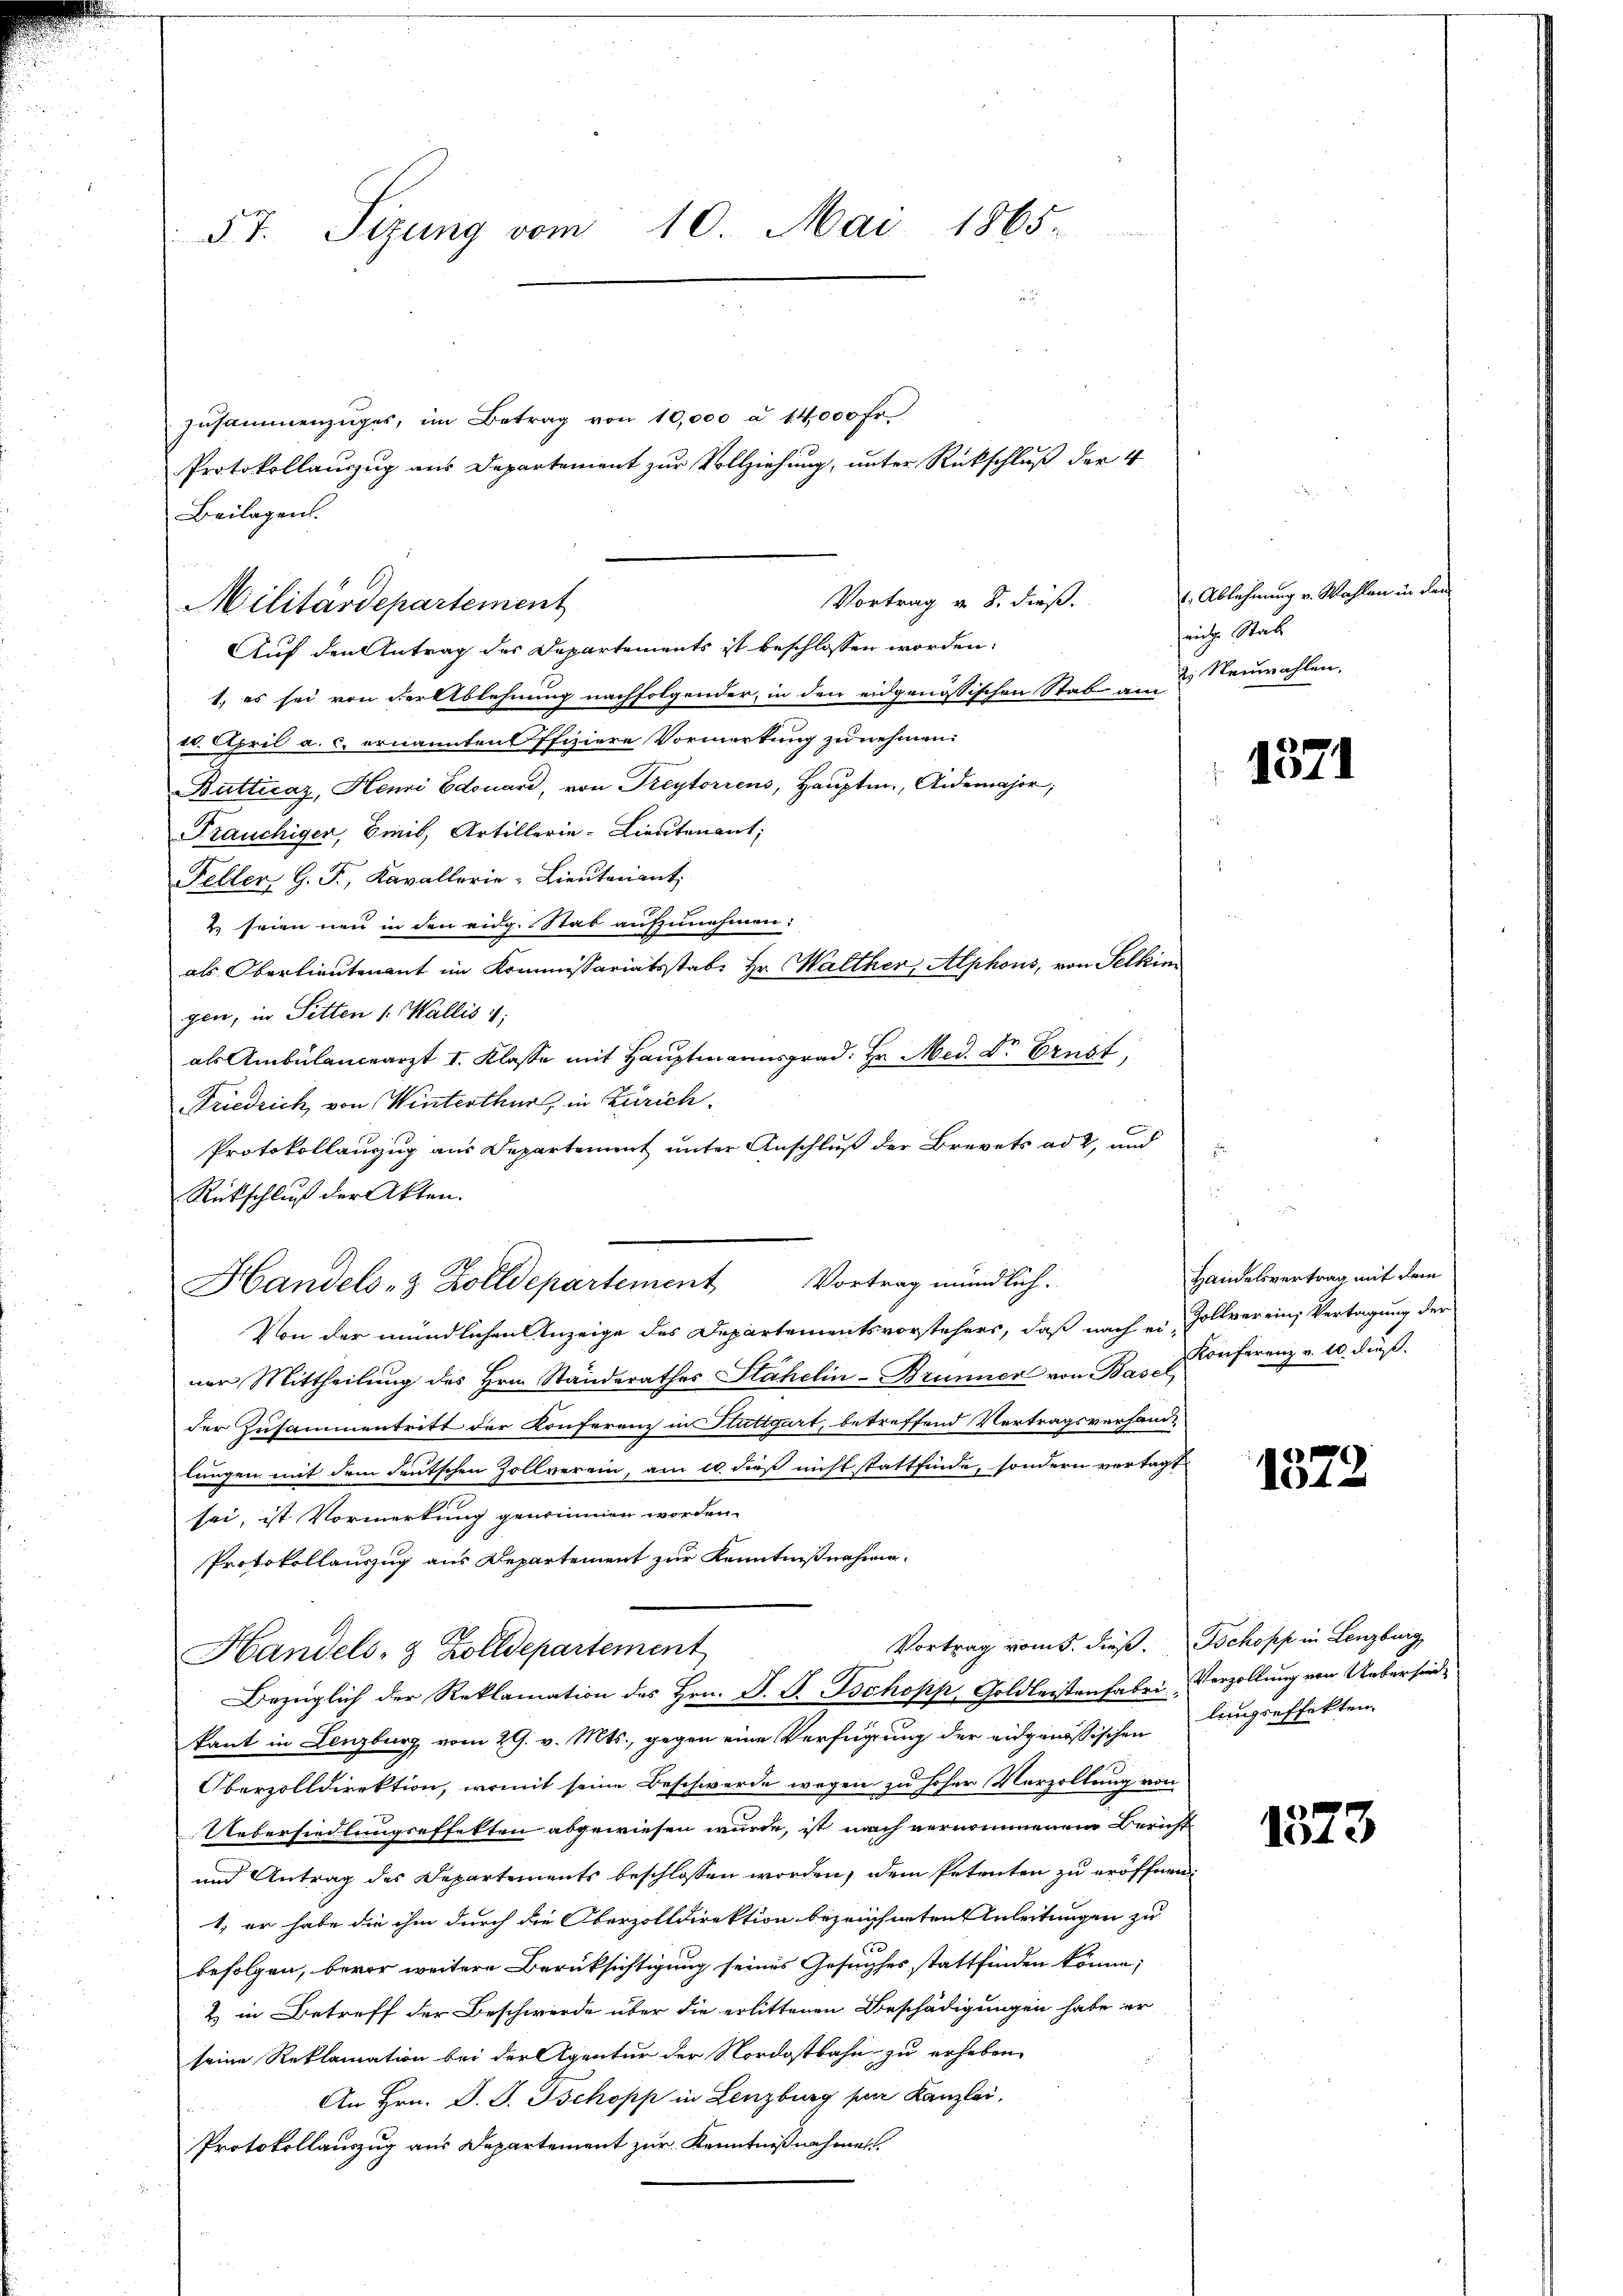
5t. Sizung vom 10. Mai 1865.

Auf den Antrag des Departements ist beschlossen worden.
1. es sei von der Ablehnung nachfolgender, in den eidgenössischen Staben & Neuwahlen.
10. April a. c. ernannten Offiziere Vormerkung zu nehmen:
Butticaz, Henri Edouard, von Freytorrens, Haupten, Aidemajor,
Frauchiger, Emis, Artillerie-Lieutenant,
Feller H. F., Kavallerie-Lieutenant.
2. seien neu in den eidg. Stab aufzunehmen:
als Oberlieutenant im Kommissariatsstabe Hr. Walther, Alphons, von Felkin
gen, in Sitten 1. Wallis 1
als Ambülanceärzt I. Klasse mit Hauptmannsgrad. Hr. Med. Dr. Ernst,
Friedrich, von Winterthur, in Zürich.
Protokollanzug aus Departement unter Anschluß der Brevets ad 2, und
Rückschluß der Akten.
Von der mündlichen Anzeige des Departementsvorstehers, daß nach einer Mittheilung des Hrn. Standsrathes Stahelin-Brunner von Basel,
der Zusammentritt der Konferenz in Stuttgart, betreffend Vertragsverhand-
lungen mit dem deutschen Zollverein, am 10. dieß nicht stattfinde, sondern vertagt
sei, ist Vormerkung genommen worden.
Protokollauszug aus Departement zur Kenntnißnahme.
Vortrag vom 5. dieß. Schopp in Lenzburg,
Handels- & Zolldepartement
Bezüglich der Reklamation des Hrn. D. P. Bschopp, Goldleistenfabri
kant in Lenzburg vom 29. v. Mts., gegen eine Verfügung der eidgenössischen
Oberzolldirektion, womit seine Beschwerde wegen zu hoher Verzollung von
Uebersiedlungseffekten abgewiesen wurde, ist nach vernommenem Bericht
und Antrag des Departements beschlossen worden, dem Petenten zu eröffnen,
1, er habe die ihm durch die Oberzolldirektion bezeichneten Anleitungen zu
befolgen, bevor weitere Berüksichtigung seines Gesuches stattfinden könne;
2. in Betreff der Beschwerde über die erlittenen Beschädigungen habe er
seine Reklamation bei der Agentur der Nordostbahn zu erheben,
An Hrn. J. J. Tschopp in Lenzburg fuer Kanzlei,
Protokollauszug aus Departement zur Kenntnißnahmen.

zusammenzuges, im Betrag von 10,000 à 14,000 Fr.
Protokollauszug aus Departement zur Vollziehung, unter Rückschluß der 4
Beilagen.
Vortrag v. 8. dieß.
Militärdepartement

Handels- & Zolldepartement Vortrag mündlich.

1. Ablehnung v. Wahlen in de
eiche Stat

1371

Handelsvertrag mit dem
Zollver ein Vertagung der
Konferenz v. 10 dieß.

1872

Verzollung von Uebersiede
lungseffekten.

1573